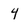
Character: 4